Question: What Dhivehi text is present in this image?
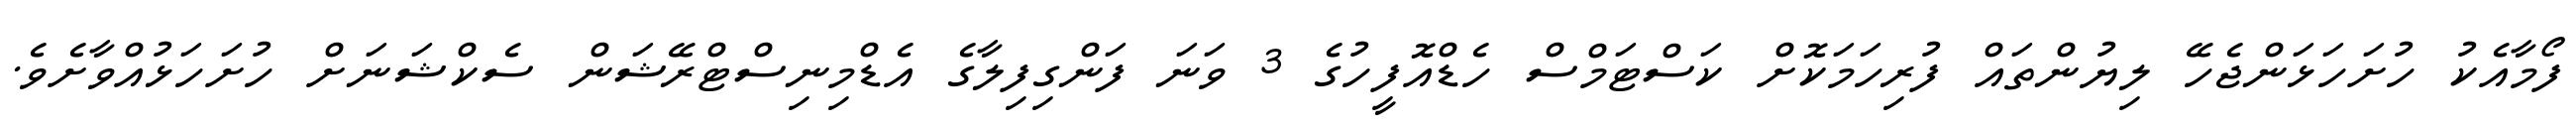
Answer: ފޯމާއެކު ހުށަހަޅަންޖެހޭ ލިޔުންތައް ފުރިހަމަކޮށް ކަސްޓަމްސް ހެޑްއޮފީހުގެ 3 ވަނަ ފަންގިފިލާގެ އެޑްމިނިސްޓްރޭޝަން ސެކްޝަނަށް ހުށަހަޅުއްވާށެވެ.